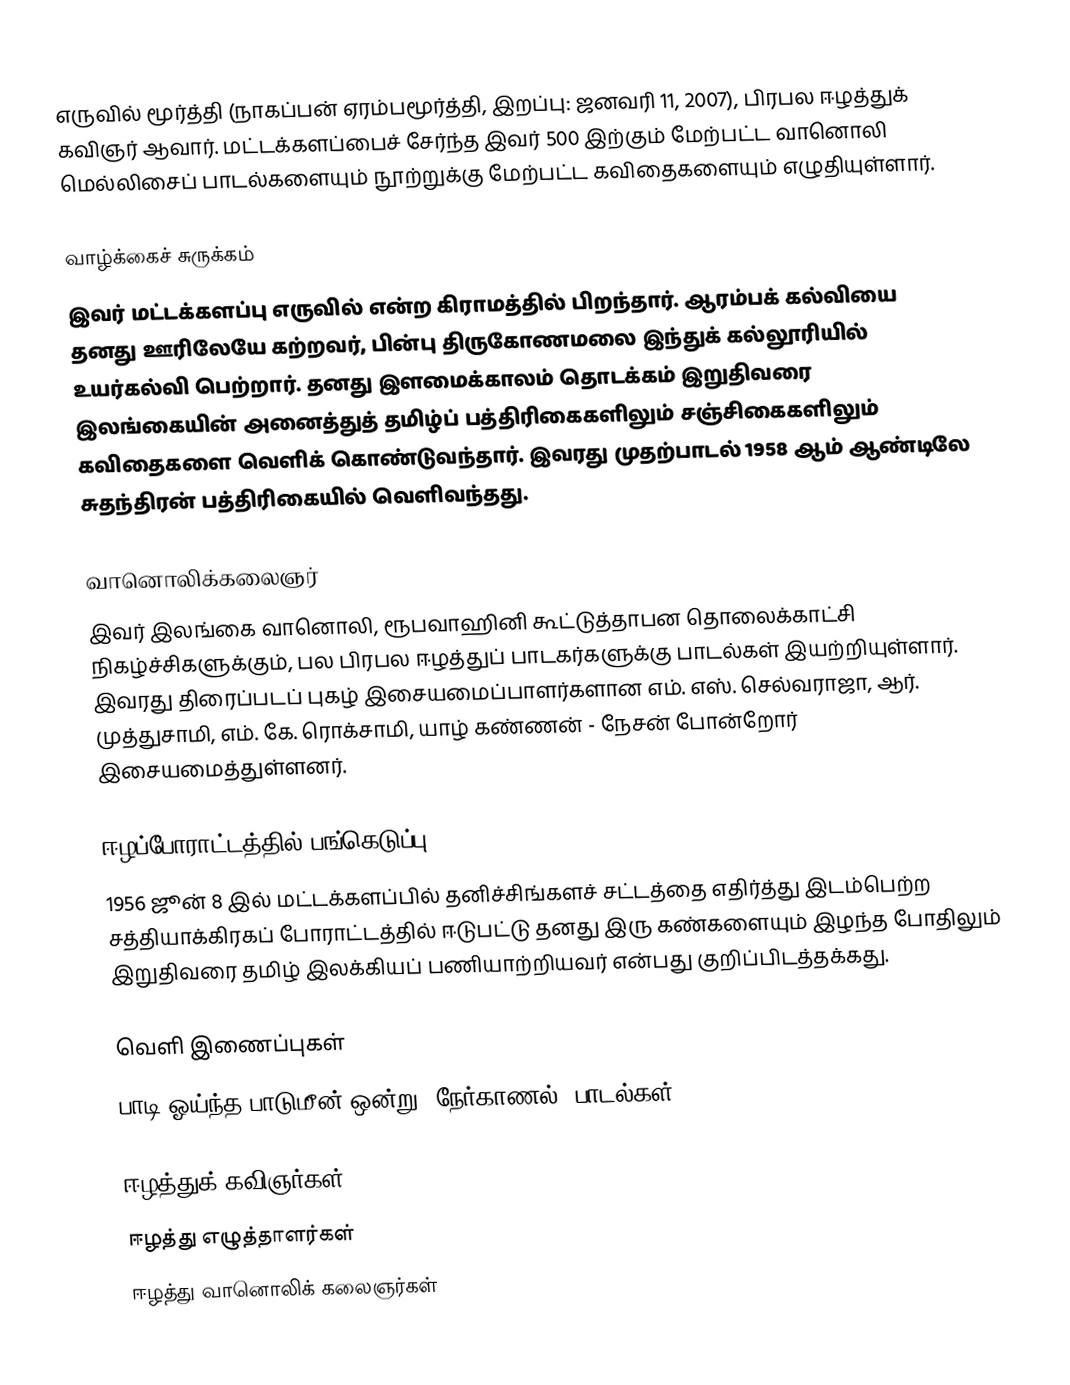
எருவில் மூர்த்தி (நாகப்பன் ஏரம்பமூர்த்தி, இறப்பு: ஜனவரி 11, 2007), பிரபல ஈழத்துக் கவிஞர் ஆவார். மட்டக்களப்பைச் சேர்ந்த இவர் 500 இற்கும் மேற்பட்ட வானொலி மெல்லிசைப் பாடல்களையும் நூற்றுக்கு மேற்பட்ட கவிதைகளையும் எழுதியுள்ளார்.

வாழ்க்கைச் சுருக்கம்
இவர் மட்டக்களப்பு எருவில் என்ற கிராமத்தில் பிறந்தார். ஆரம்பக் கல்வியை தனது ஊரிலேயே கற்றவர், பின்பு திருகோணமலை இந்துக் கல்லூரியில் உயர்கல்வி பெற்றார். தனது இளமைக்காலம் தொடக்கம் இறுதிவரை இலங்கையின் அனைத்துத் தமிழ்ப் பத்திரிகைகளிலும் சஞ்சிகைகளிலும் கவிதைகளை வெளிக் கொண்டுவந்தார். இவரது முதற்பாடல் 1958 ஆம் ஆண்டிலே சுதந்திரன் பத்திரிகையில் வெளிவந்தது.

வானொலிக்கலைஞர்
இவர் இலங்கை வானொலி, ரூபவாஹினி கூட்டுத்தாபன தொலைக்காட்சி நிகழ்ச்சிகளுக்கும், பல பிரபல ஈழத்துப் பாடகர்களுக்கு பாடல்கள் இயற்றியுள்ளார். இவரது திரைப்படப் புகழ் இசையமைப்பாளர்களான எம். எஸ். செல்வராஜா, ஆர். முத்துசாமி, எம். கே. ரொக்சாமி,  யாழ் கண்ணன் - நேசன் போன்றோர் இசையமைத்துள்ளனர்.

ஈழப்போராட்டத்தில் பங்கெடுப்பு
1956 ஜூன் 8 இல் மட்டக்களப்பில் தனிச்சிங்களச் சட்டத்தை எதிர்த்து இடம்பெற்ற சத்தியாக்கிரகப் போராட்டத்தில் ஈடுபட்டு தனது இரு கண்களையும் இழந்த போதிலும் இறுதிவரை தமிழ் இலக்கியப் பணியாற்றியவர் என்பது குறிப்பிடத்தக்கது.

வெளி இணைப்புகள்
 பாடி ஓய்ந்த பாடுமீன் ஒன்று (நேர்காணல், பாடல்கள்)

ஈழத்துக் கவிஞர்கள்
ஈழத்து எழுத்தாளர்கள்
ஈழத்து வானொலிக் கலைஞர்கள்